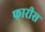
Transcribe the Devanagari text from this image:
फारीस